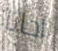
أجاثا